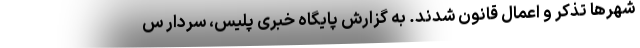
شهرها تذکر و اعمال قانون شدند. به گزارش پایگاه خبری پلیس، سردار س